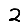
Digit: 2